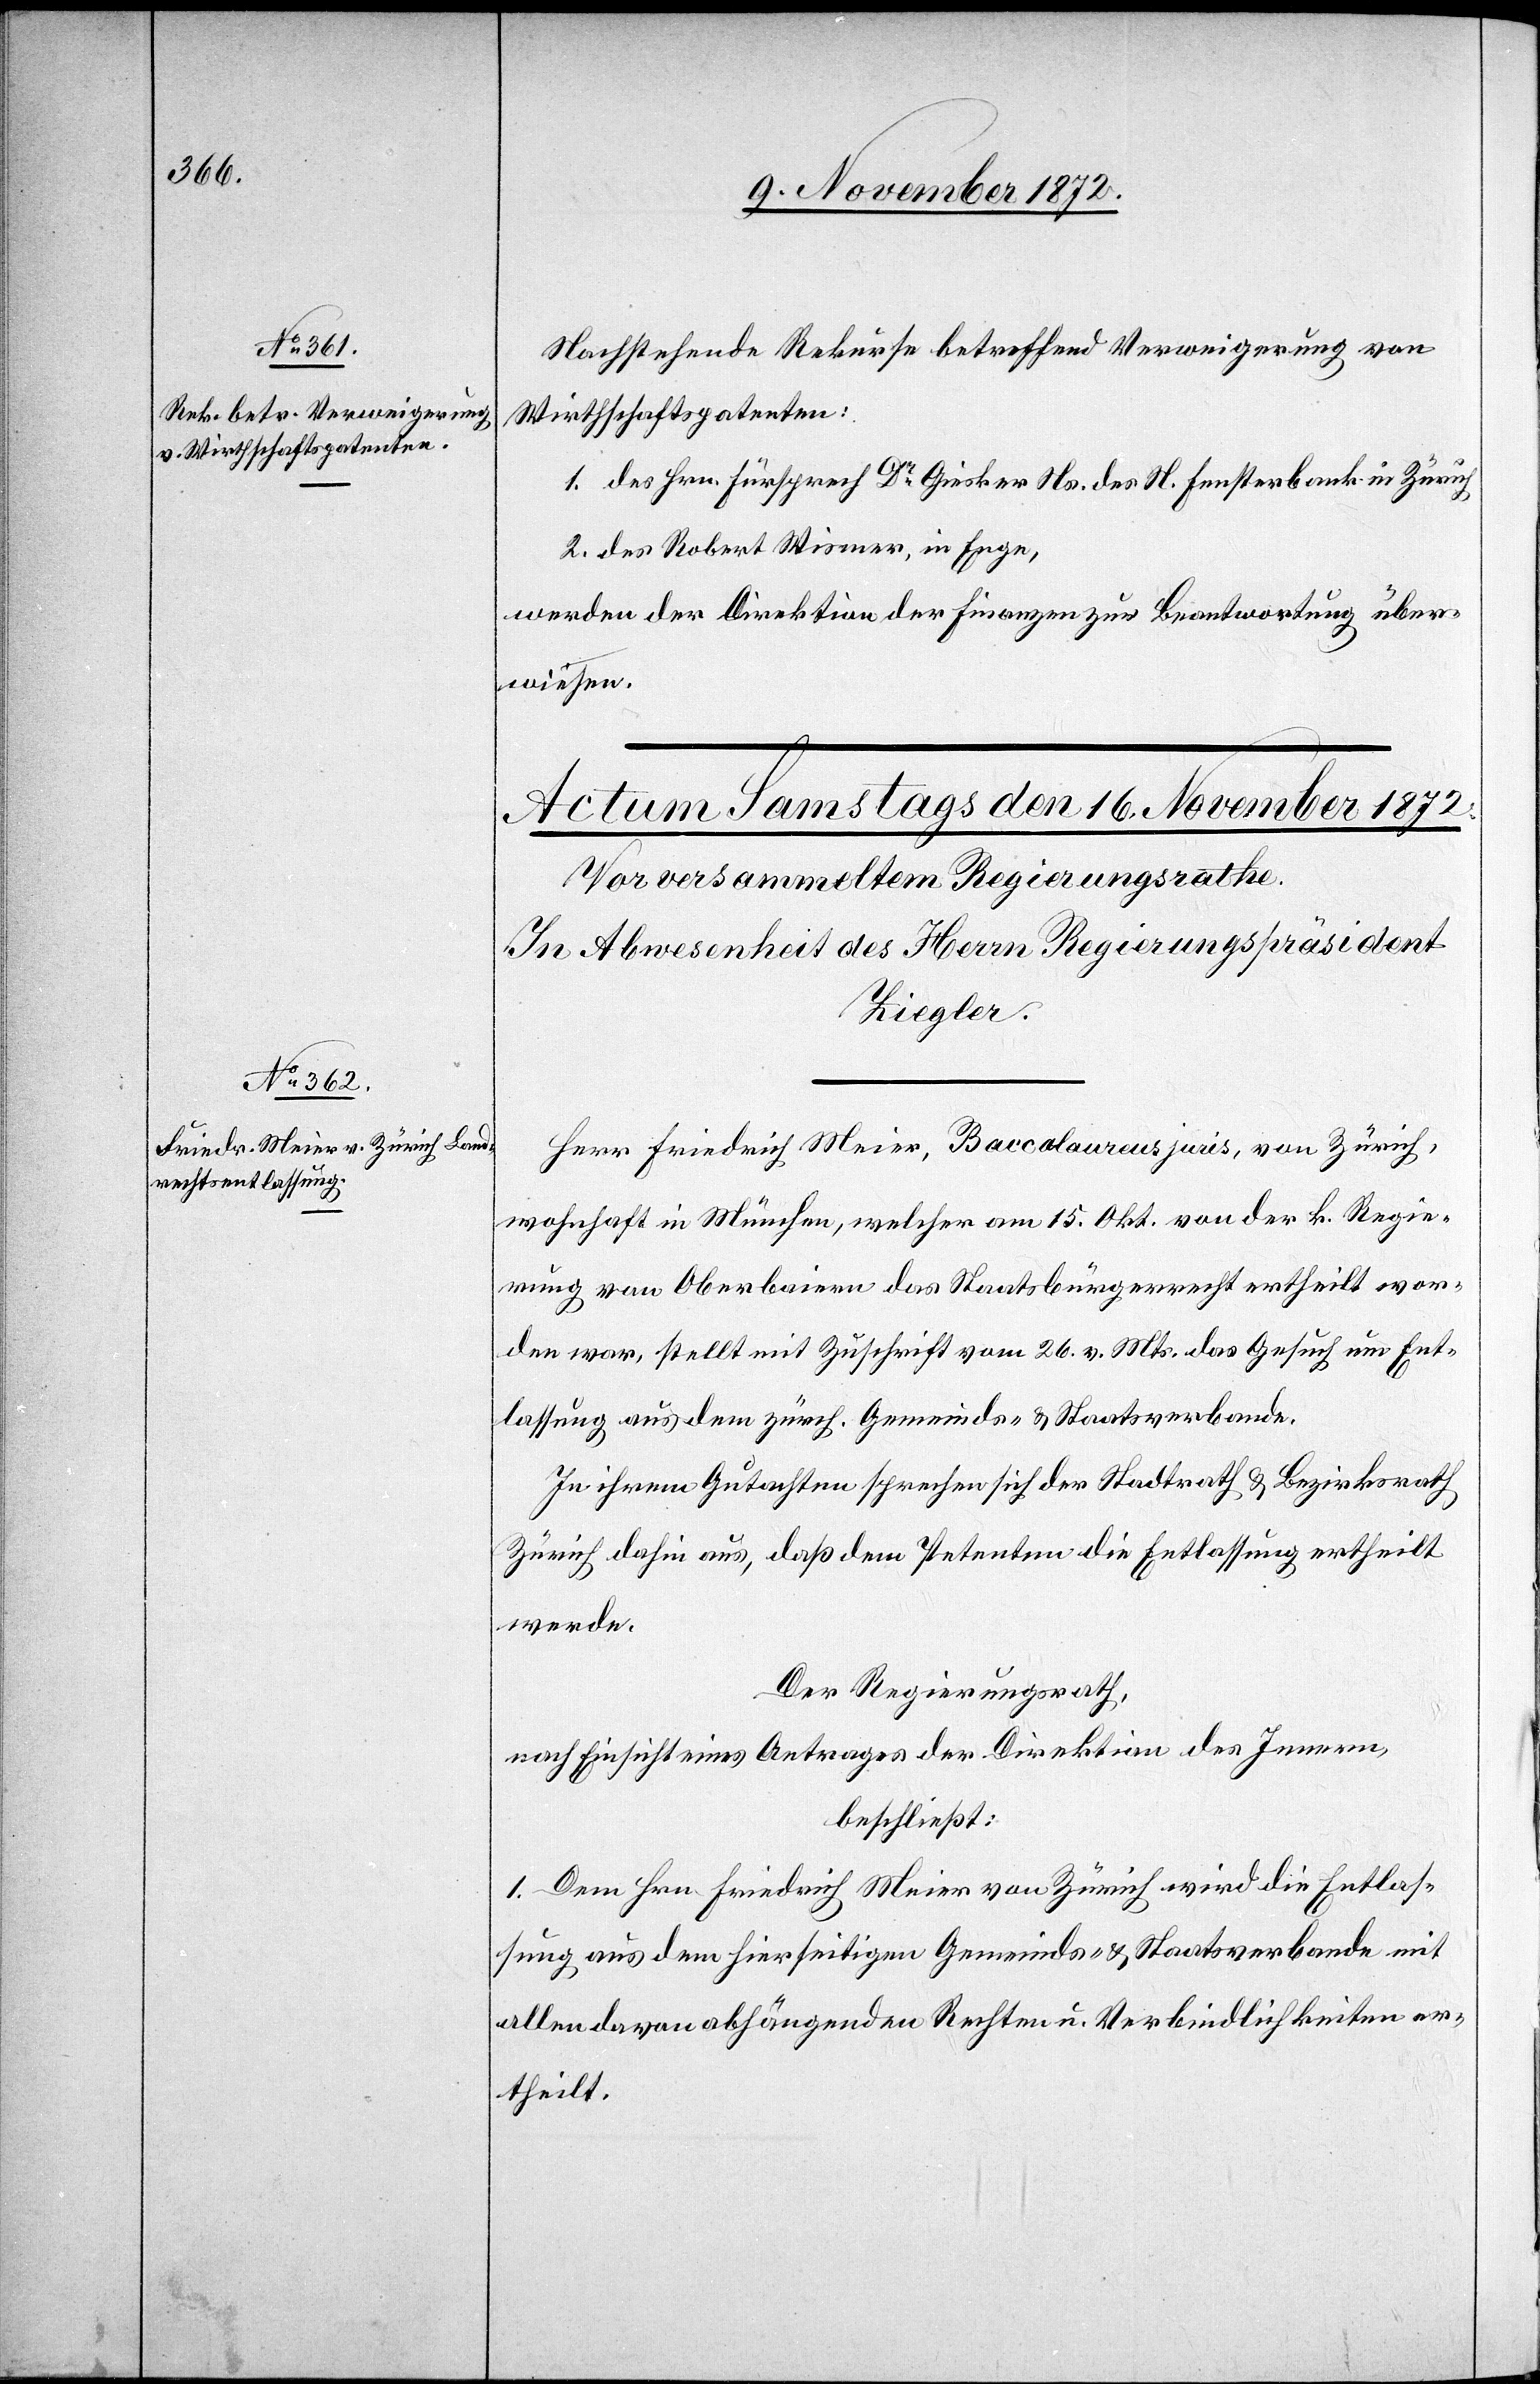
15. November 1872.]
Nachstehende Rekurse betreffend Verweigerung von
Wirthschaftspatenten:
1. des Hrn. Fürsprech Dr Giesker Ns. des H. Fensterbank in Zürich
2. des Robert Wismer, in Enge,
werden der Direktion der Finanzen zur Beantwortung über¬
wiesen.
Herr Friedrich Meier, Baccalaureus juris, von Zürich,
wohnhaft in München, welcher am 15. Okt. von der k. Regie¬
rung von Oberbaiern das Staatbürgerrecht ertheilt wor¬
den war, stellt mit Zuschrift vom 26. v. Mts. das Gesuch um Ent¬
lassung aus dem zürch. Gemeinds- u. Staatsverbande.
In ihrem Gutachten sprechen sich der Stadtrath u. Bezirksrath
Zürich dahin aus, daß dem Petenten die Entlassung ertheilt
werde.
Der Regierungsrath,
nach Einsicht eines Antrages der Direktion des Innern,
beschließt:
1. Dem Hrn. Friedrich Meier von Zürich wird die Entlas¬
sung aus dem hierseitigen Gemeinds- u. Staatsverbande mit
allen davon abhängenden Rechten u. Verbindlichkeiten er¬
theilt.